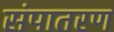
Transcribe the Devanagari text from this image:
संपातरण